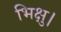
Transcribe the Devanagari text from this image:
भिक्षु।